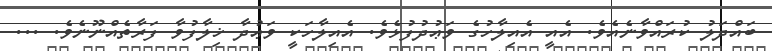
ބައްދަލު ކުރައްވާނެއެވެ. އެއީ އެއިލާހުގެ ވަޢުދުފުޅެވެ. އެއިލާހަކީ ވަޢުދާ ޚިލާފުވާ ފަރާތެއްނޫނެވެ. ...